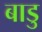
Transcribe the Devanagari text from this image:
बाडु